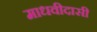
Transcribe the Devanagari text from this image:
माधवीदासी